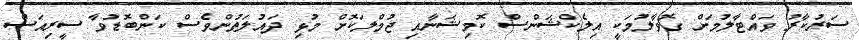
ސަރުކާރު ވައްޓާލުމަށް ގޮވާލުމަކީ އިލެކްޝަންސް ކޮމިޝަނާއި ޖުމްލަކޮށް މުޅި ދައުލަތުންވެސް ކަންބޮޑުވާ ސީރިއަސް